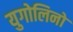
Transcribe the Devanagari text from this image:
युगोलिनो